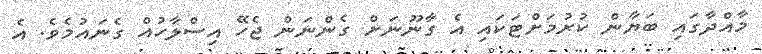
މާއްދާގައި ބަޔާން ކުރުމަށްޓަކައި އެ ގާނޫނަށް ގެންނަން ޖެހޭ އިސްލާހުއް ގެނައުމެވެ. އެ